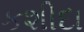
કશીદા